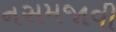
નસમજાવી